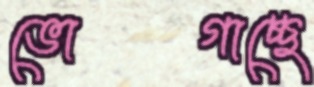
ভোগাচ্ছে